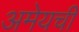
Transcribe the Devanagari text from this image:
अमेयची